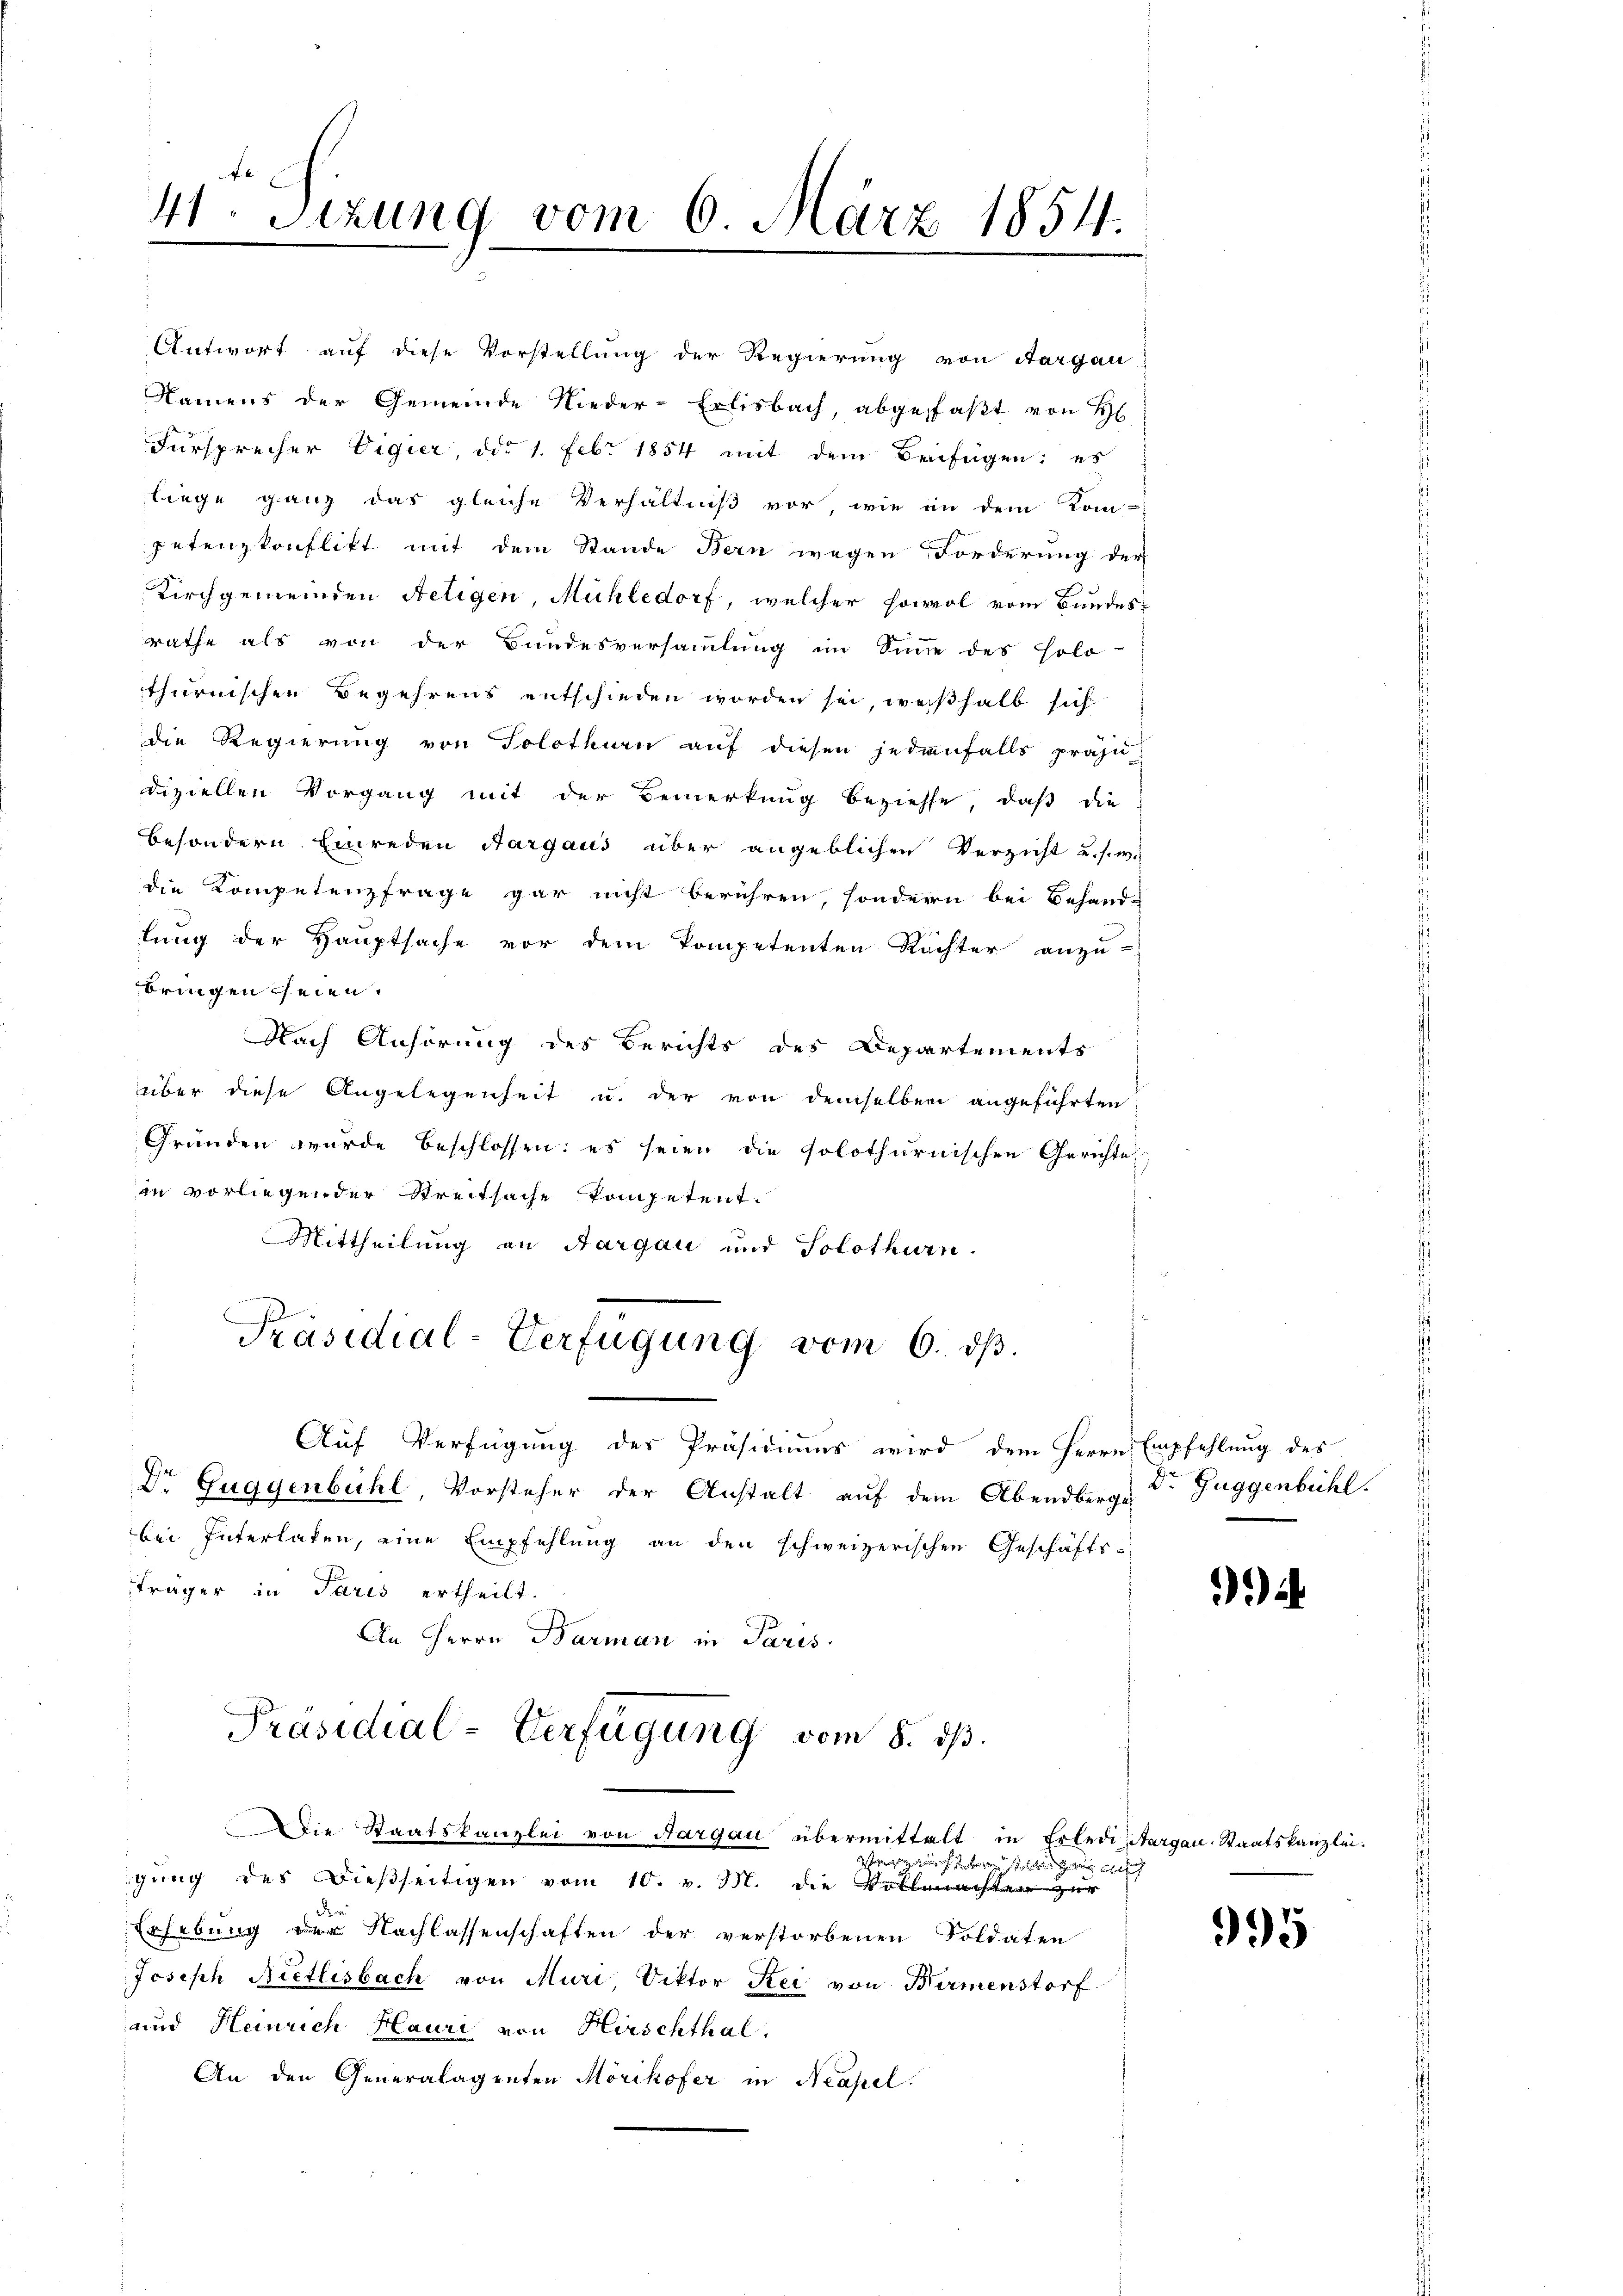
41. Sizung vom 6. März 1854.
.

Antwort auf diese Vorstellung der Regierung von Sargen
Namens der Gemeinde Nieder-Erlisbach, abgefaßt von H
Fürsprecher Eigier, ddo 1. Febr. 1854 mit dem Beifügen: es
liege ganz das gleiche Verhältniß vor, wie in dem Kom-
petenzkonflikt mit dem Stande Bern wegen Forderung der
Kirchgemeinden Religen, Mühledorf, welcher sowol vom Bundes-
rathe als von der Bundesversammlung im Sinne des Holo-
thurnischen Begehrens entschieden worden sei, weßhalb sich
die Regierŭng von Solothurn aŭf diesen jedenfalls präju-
diziellen Vorgang mit der Bemerkung beziehe, daß die
besondern Einreden Aargaus über angeblichen Verzicht u. s. w.
die Kompetenzfrage gar nicht berühren, sondern bei Behande
lung der Hauptsache vor dem Kompetenten Richter anzu-
bringen seien.
Nach Anhörung des Berichts des Departements
über diese Angelegenheit u. der von demselben angeführten
Gründen wurde beschlossen: es seien die Polothurnischen Gerichte
in vorliegender Streitsache kompetent.
Mittheilung an Aargau und Solothurn.
.
Präsidial-Verfügung vom 6. dβ.
Auf Verfügung der Präsidiums wird dem Herrn Empfehlung des
Dr Guggenbühl, Vorsteher der Anstalt auf dem Abendberge
bei Interlasen, eine Empfehlung an den schweizerischen Geschäfts-
träger in Paris ertheilt.
An Herrn Barman in Paris
Präsidial-Verfügung vom 8. ds.
Die Staatskanzlei von Aargau übermittelt in Erledi, Aargau Staatskanzlei:
wesen und Frage sehen Herren, weltlich
gung des Dießseitigen vom 10. v. M. die Vollmachter zur
Erhebung der Nachlassenschaften der verstorbenen Soldaten
Josisch Nietlisbach von Muri, Viktor Rei von Birmenstorf
und Heinrich Hauri von Hirschthal.
An den Generalagenten Mörikofer in Neapel.

Dr. Guggenbühl.

2

995